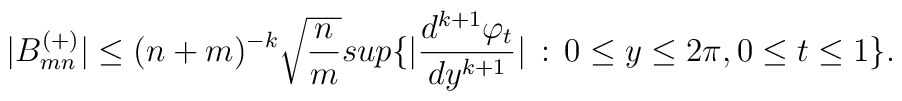
|B^{(+)}_{mn}| \leq (n+m)^{-k}\sqrt{{n\over m}} sup\{|{d^{k+1}\varphi_t\over dy^{k+1}}| \,:\, 0\leq y\leq2\pi, 0\leq t\leq 1\} .